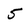
Character: 5